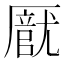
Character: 𠪽